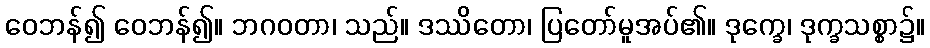
ဝေဘန်၍ ဝေဘန်၍။ ဘဂဝတာ၊ သည်။ ဒဿိတော၊ ပြတော်မူအပ်၏။ ဒုက္ခေ၊ ဒုက္ခသစ္စာ၌။